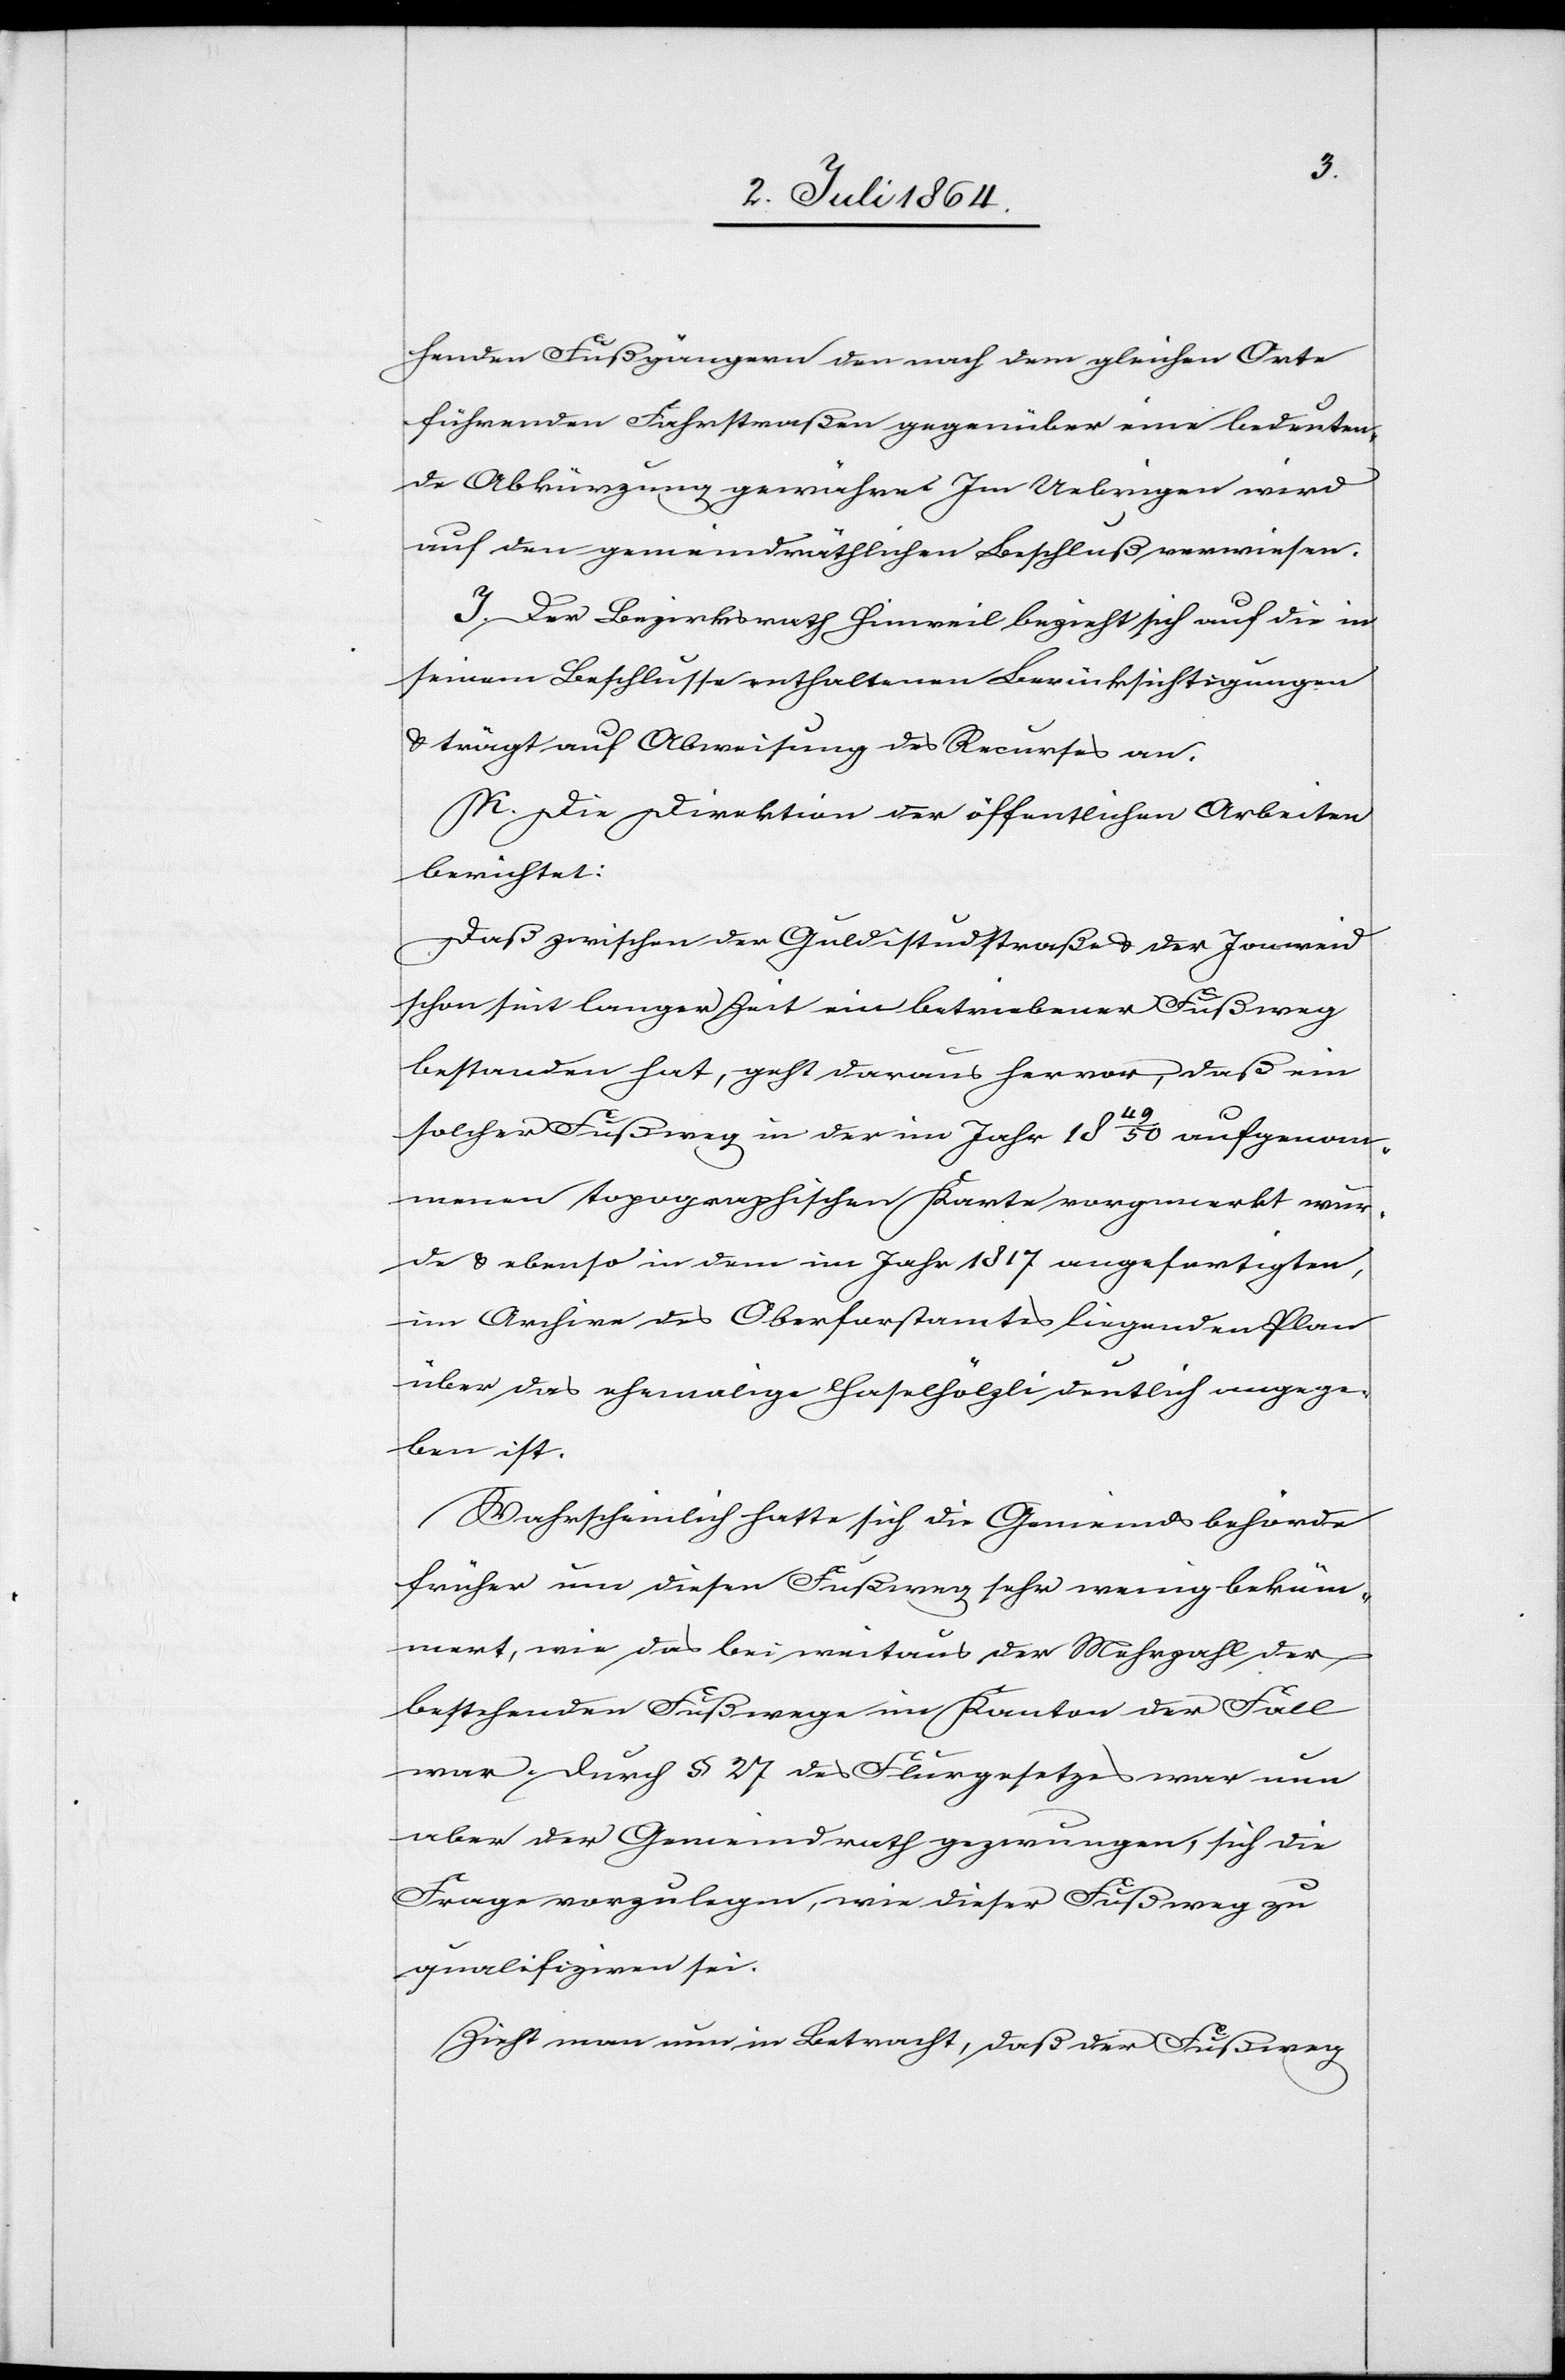
henden Fußgängern den nach dem gleichen Orte
führenden Fuhrstraßen gegenüber eine bedeuten¬
de Abkürzung gewähre. Im Uebrigen wird
auf den gemeindräthlichen Beschluß verwiesen.
I. Der Bezirksrath Hinweil bezieht sich auf die in
seinem Beschlusse enthaltenen Berücksichtigungen
u. trägt auf Abweisung des Recurses an.
K. Die Direktion der öffentlichen Arbeiten
berichtet:
Daß zwischen der Guldistudstraße u. der Jonweid
schon seit langer Zeit ein betriebener Fußweg
bestanden hat geht daraus hervor, daß ein
solcher Fußweg in der im Jahr 1849/50 aufgenom¬
menen topographischen Karte vorgemerkt wur¬
de u. ebenso in dem im Jahr 1817 angefertigten,
im Archive des Oberforstamtes liegenden Plan
über das ehemalige Haselhölzli deutlich angege¬
ben ist.
Wahrscheinlich hatte sich die Gemeindsbehörde
früher um diesen Fußweg sehr wenig beküm¬
mert, wie das bei weitaus der Mehrzahl der
bestehenden Fußwege im Kanton der Fall
war. Durch § 27 des Flurgesetzes war nun
aber der Gemeindrath gezwungen, sich die
Frage vorzulegen, wie dieser Fußweg zu
qualifiziren sei.
Zieht man nun in Betracht, daß der Fußweg